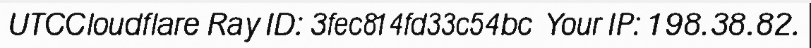
UTCCloudflare Ray ID: 3fec814fd33c54bc  Your IP: 198.38.82.